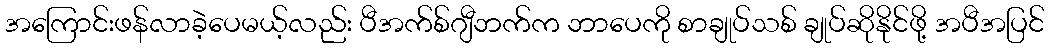
အကြောင်းဖန်လာခဲ့ပေမယ့်လည်း ပီအက်စ်ဂျီဘက်က ဘာပေကို စာချုပ်သစ် ချုပ်ဆိုနိုင်ဖို့ အပီအပြင်